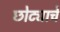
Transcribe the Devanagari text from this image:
छोट्याचे